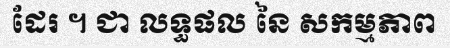
ដែរ ។ ជា លទ្ធផល នៃ សកម្មភាព